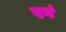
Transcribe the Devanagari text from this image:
रगं